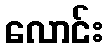
လောင်း